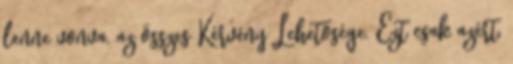
lenne vonva, az összes Kérvény Lehetősége. Ezt csak azért,